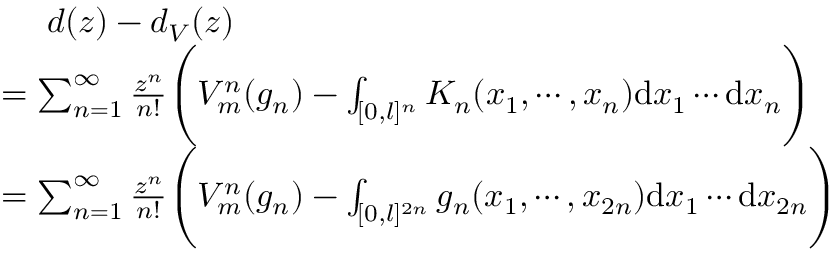
\begin{array} { r l } & { ~ ~ ~ ~ d ( z ) - d _ { V } ( z ) } \\ & { = \sum _ { n = 1 } ^ { \infty } \frac { z ^ { n } } { n ! } \Bigg ( V _ { m } ^ { n } ( g _ { n } ) - \int _ { [ 0 , l ] ^ { n } } K _ { n } ( x _ { 1 } , \cdots , x _ { n } ) \mathrm { d } x _ { 1 } \cdots \mathrm { d } x _ { n } \Bigg ) } \\ & { = \sum _ { n = 1 } ^ { \infty } \frac { z ^ { n } } { n ! } \Bigg ( V _ { m } ^ { n } ( g _ { n } ) - \int _ { [ 0 , l ] ^ { 2 n } } g _ { n } ( x _ { 1 } , \cdots , x _ { 2 n } ) \mathrm { d } x _ { 1 } \cdots \mathrm { d } x _ { 2 n } \Bigg ) } \end{array}